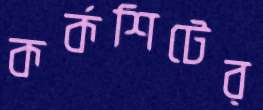
কর্কশিটের